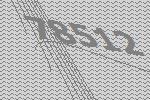
78512